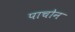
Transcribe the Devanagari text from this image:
पाचोन